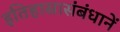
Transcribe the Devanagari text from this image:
इतिहासासंबंधानें